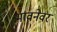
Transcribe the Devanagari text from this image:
भावनेवर